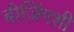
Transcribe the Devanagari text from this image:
बीजिंगशी